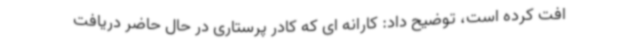
افت کرده است، توضیح داد: کارانه ای که کادر پرستاری در حال حاضر دریافت